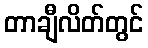
တာချီလိတ်တွင်